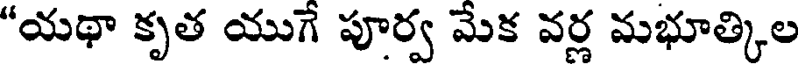
"యథా కృత యుగే పూర్వ మేక వర్ల మభూత్కిల